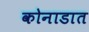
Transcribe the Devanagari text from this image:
कोनाडात